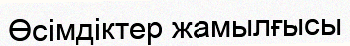
Өсімдіктер жамылғысы